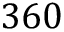
3 6 0